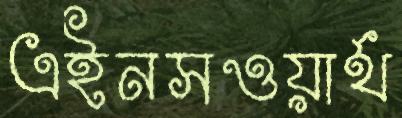
এইনসওয়ার্থ